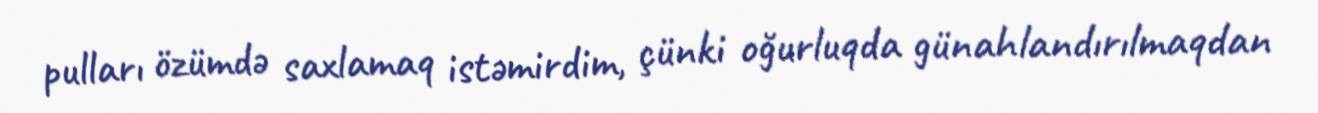
pulları özümdə saxlamaq istəmirdim, çünki oğurluqda günahlandırılmaqdan